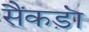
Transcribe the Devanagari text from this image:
सैंकड़ॊ